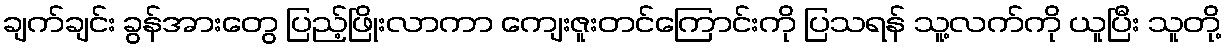
ချက်ချင်း ခွန်အားတွေ ပြည့်ဖြိုးလာကာ ကျေးဇူးတင်ကြောင်းကို ပြသရန် သူ့လက်ကို ယူပြီး သူတို့